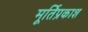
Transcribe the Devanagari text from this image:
मूर्तिप्रकाश